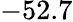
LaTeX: -52.7